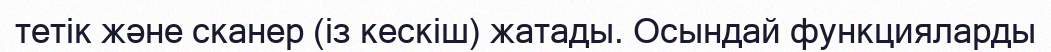
тетік және сканер (із кескіш) жатады. Осындай функцияларды